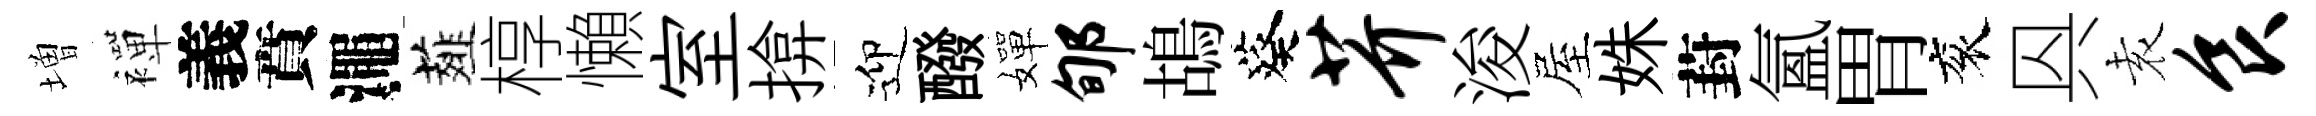
増襌義賁澠薤椁懶室揜迎醱嬋郇鴣葵芥浚屋姝葑氳胃衮㒷𡊮食